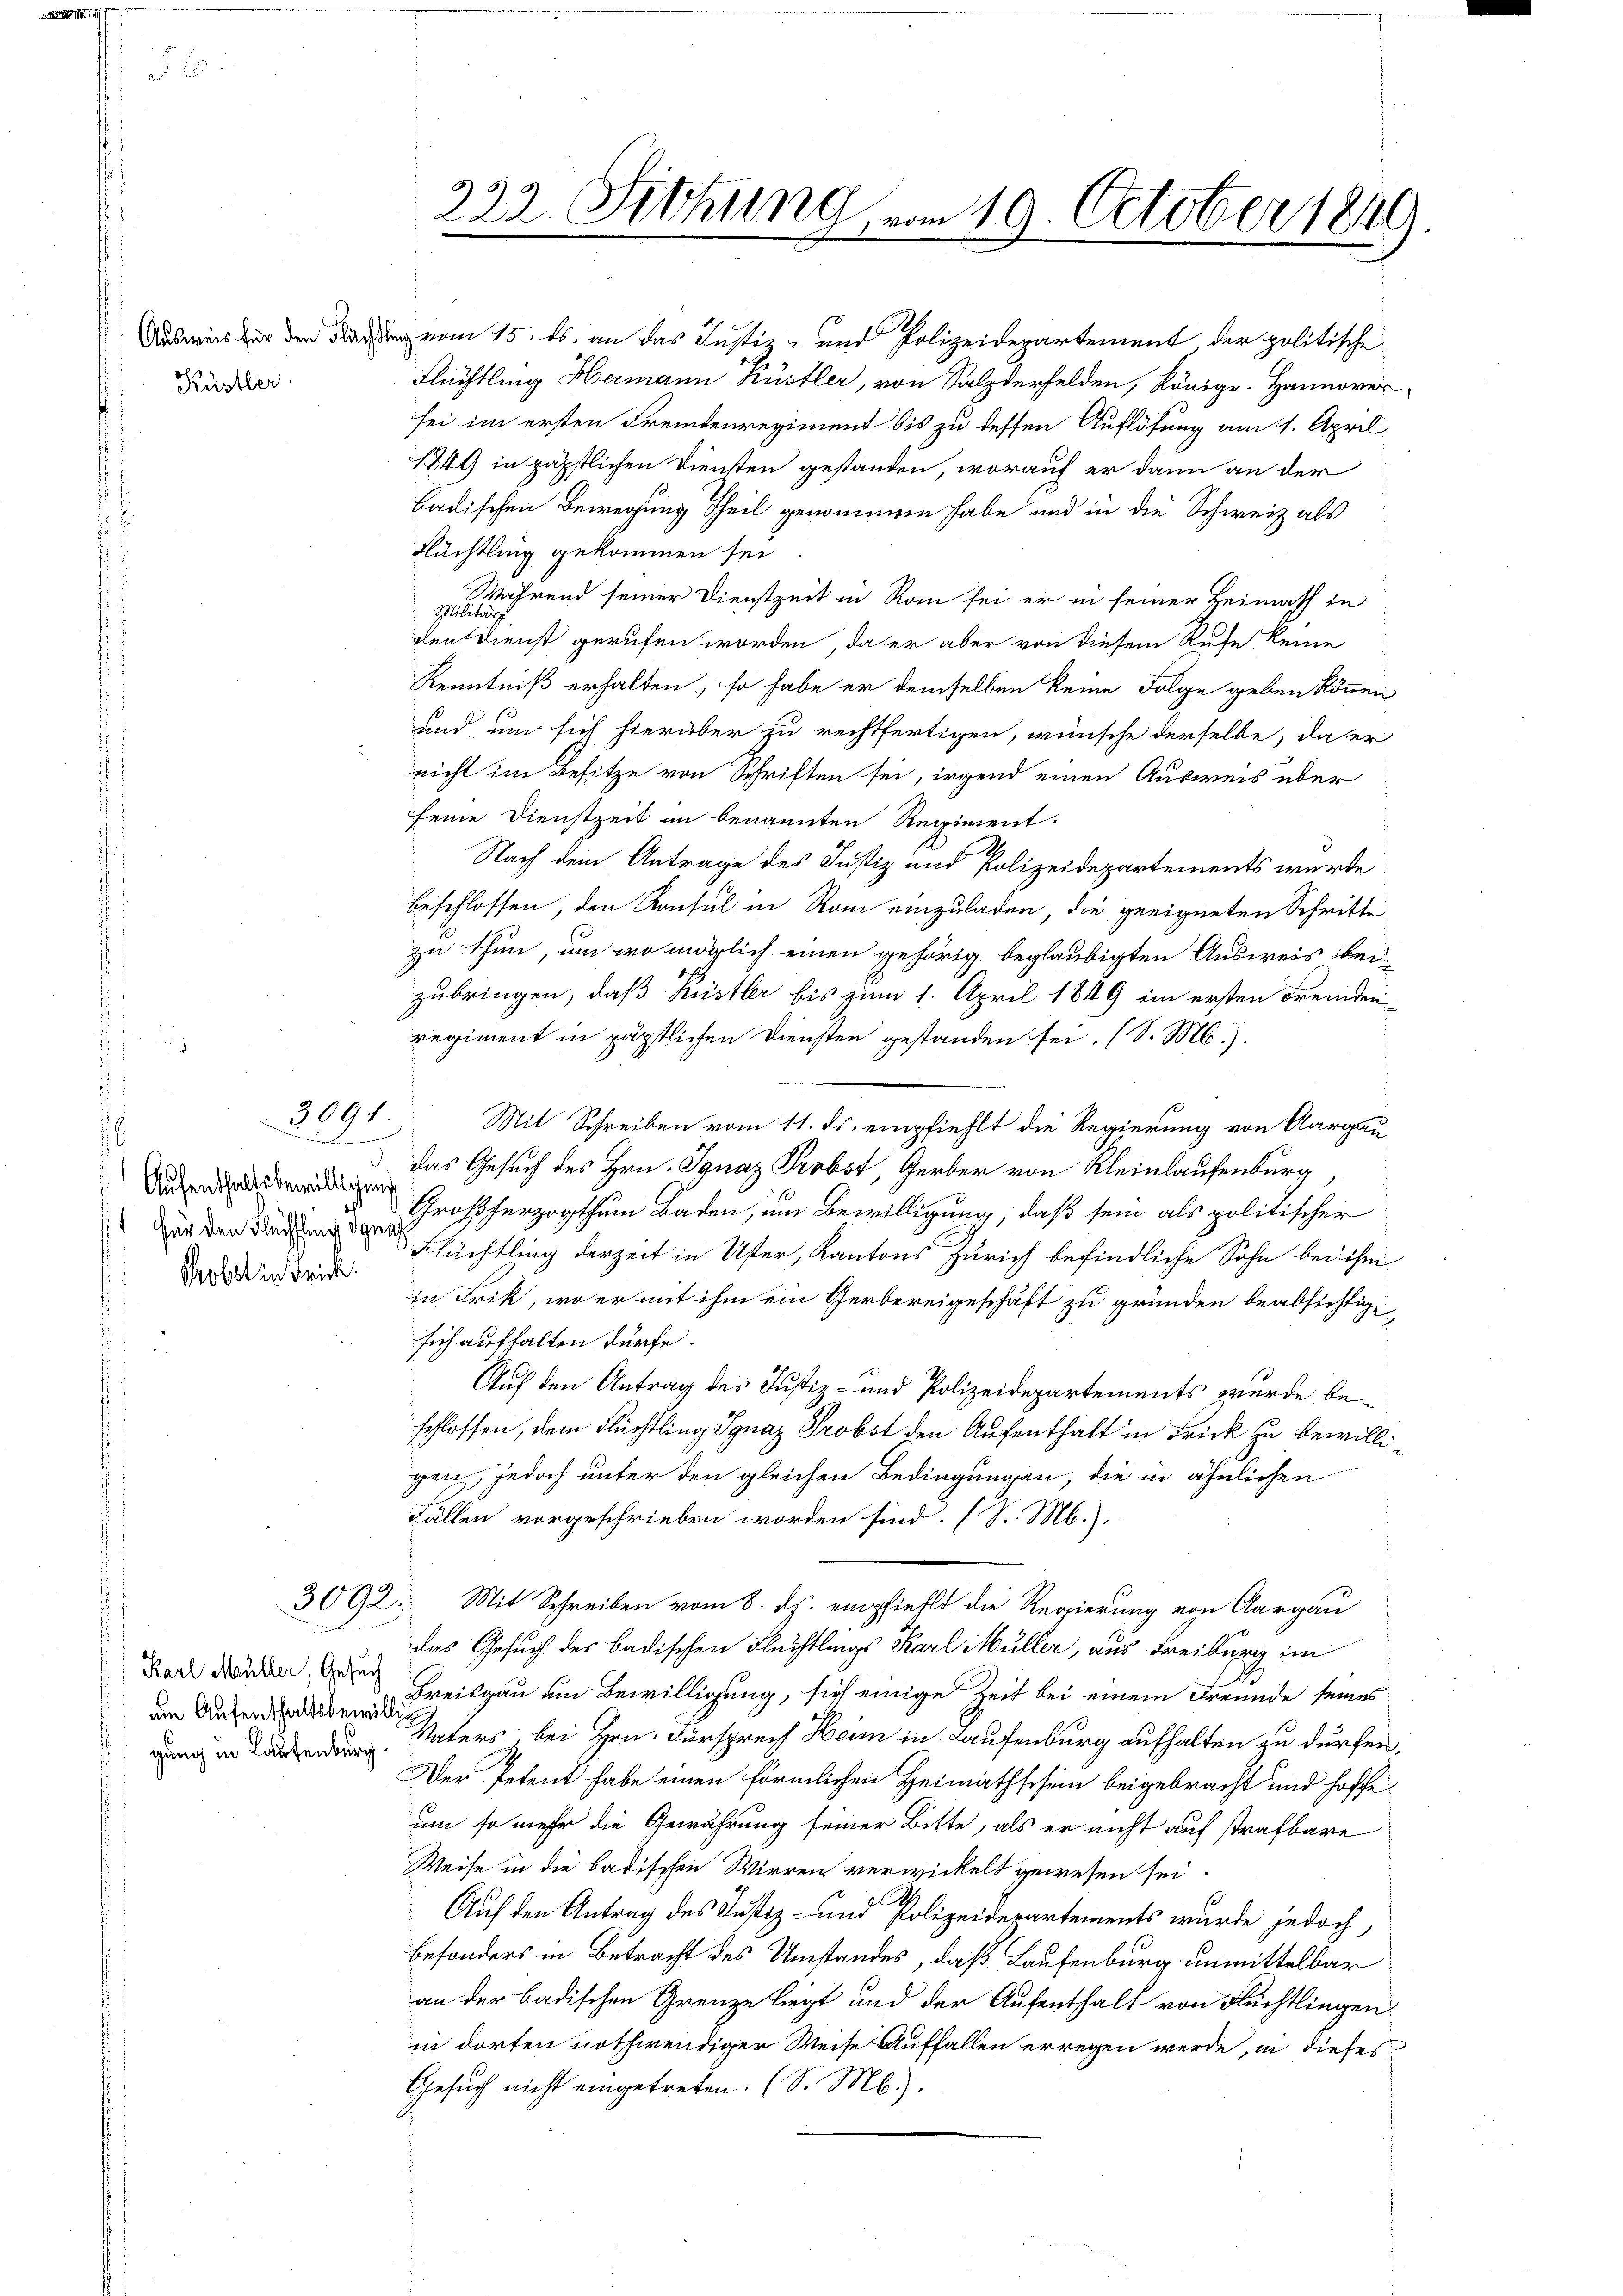
Küstler

2001

.
Aufenthaltsbewilligung
 Für den Flüchtling Ignaz
Cobst in Frick.

Karl Müller, Gesuch
gung in Laufenburg

322. Sitzung vom 19. October 1849.

Ausweis er den vom 15. ds. an das Justiz- und Polizeidepartement, der politische
Flüchtling Hermann Küstler, von Salzderfelden, Königr. Hannover
sei im ersten Fremdenregiment bis zu dessen Auflösung am 1. April
1849 in päpstlichen Diensten gestanden, worauf er dann an der
badischen Bewegung Theil genommen habe und in die Schweiz als
Flüchtling gekommen sei
Während seiner Dienstzeit in Rom sei er in seiner Heimath in
Militärs.
den Dienst gerufen worden, da er aber von diesem Rufe keine
Kenntniß erhalten, so habe er demselben keine Folge geben können
und um sich hierüber zu rechtfertigen, wünsche derselbe, da er
nicht im Besitze von Schriften sei, irgend einen Ausweis über
seine Dienstzeit an benannten Regiment.
d
Nach dem Antrage des Justiz und Polizeidepartements wurde
beschlossen, den Konsul in Rom einzuladen, die geeigneten Schritte
zu thun, um wo möglich einen gehörig beglaubigten Ausweis beizubringen, daß Küstler bis zum 1. April 1849 ein ersten Fremden-
regiment in päpstlichen Diensten gestanden sei. (S. M.).
Mit Schreiben vom 11. ds. empfiehlt die Regierung von Aargau
 das Gesuch des Hrn. Ignaz Probst, Gerber von Kleinlaufenburg
Großherzogthum Baden, um Bewilligung, daß sein als politischer
Flüchtling derzeit in Uster, Kantons Zürich befindliche Sohn bei ihm
in Frik, wo er mit ihm ein Gerbereigeschäft zu gründen beabsichtige,
sich aufhalten dürfe.
Auf den Antrag des Justiz- und Polizeidepartements wurde beschlossen, dem Flüchtling Ignaz Probst den Aufenthalt in Frick zu bewilligen, jedoch unter den gleichen Bedingungen, die in ähnlichen
Fällen vorgeschrieben worden sind. (S. M.).
3092. Mit Schreiben vom 8. ds. empfiehlt die Regierung von Aargau
das Gesuch des badischen Flüchtlings Karl Müller, aus Freiburg im
eisgau um Bewilligung, sich einige Zeit bei einem Freunde seines
Vaters bei Hrn. Fürsprech Heim in Laufenburg aufhalten zu dürfen.
Der Petent habe einen förmlichen Heimathschein beigebracht und hoffe
um so mehr die Gewährung seiner Bitte, als er nicht auf strafbare
Weise in die badischen Wirren verwickelt gewesen sei.
1
Auf den Antrag des Justiz- und Polizeidepartements wurde jedoch,
besonders in Betracht des Umstandes, daß Laufenburg unmittelbar
an der badischen Grenze liegt und der Aufenthalt von Flüchtlingen.
in dorten nothwendiger Weise Auffallen erregen werde, in dieses
Gesuch nicht eingetreten. (S. M.).